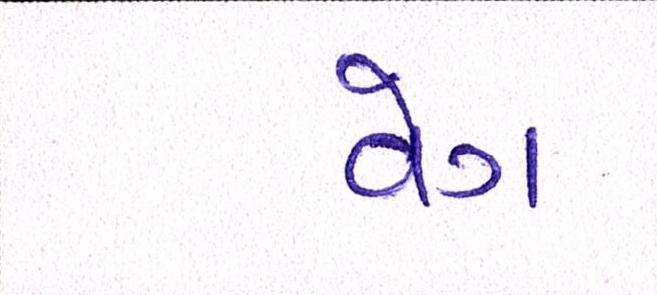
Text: વેગ